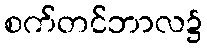
စက်တင်ဘာလ၌